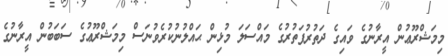
މިމަޝްރޫޢުން އީރާނުގެ ވައިގެ ދަތުރުފަތުރުގެ މައްސަލަ މުޅިން ޙައްލުނުކުރެވުނަސް މިމަޝްރޫޢުގެ ސަބަބުން އީރާނުގެ